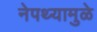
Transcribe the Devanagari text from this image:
नेपथ्यामुळे